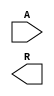
module top_level (
    input [31:0] A,
    output reg R
);

endmodule //